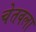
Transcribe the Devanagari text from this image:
चेतवला